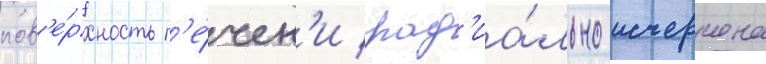
пов'е́рхность п'е́чен'и рад'иа́льно исчерчена